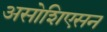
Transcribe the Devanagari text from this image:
असोशिएसन